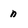
Character: n